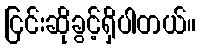
ငြင်းဆိုခွင့်ရှိပါတယ်။